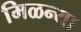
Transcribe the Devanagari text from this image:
मिळन्या